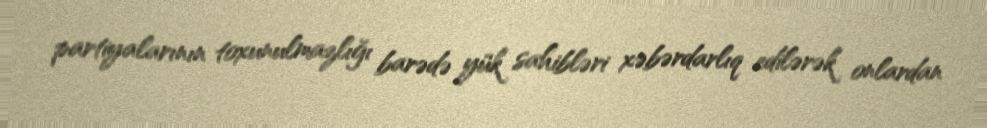
partiyalarının toxunulmazlığı barədə yük sahibləri xəbərdarlıq edilərək onlardan